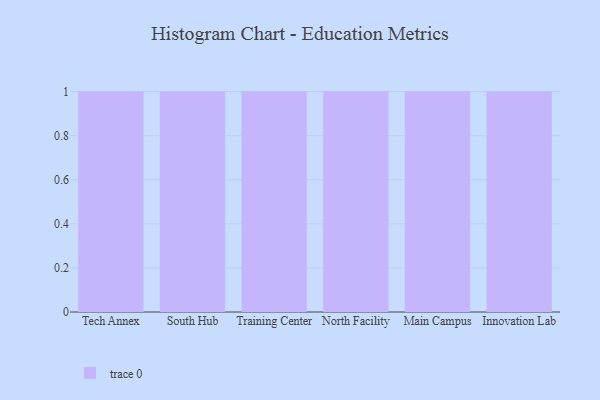
{"axis": {"x": "Campus", "y": "Website Visitors"}, "legend": [""], "data": [{"x": "Tech Annex", "y": 79, "type": ""}, {"x": "South Hub", "y": 72, "type": ""}, {"x": "Training Center", "y": 47, "type": ""}, {"x": "North Facility", "y": 47, "type": ""}, {"x": "Main Campus", "y": 80, "type": ""}, {"x": "Innovation Lab", "y": 2, "type": ""}]}